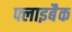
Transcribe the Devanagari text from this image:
फ्लाइबैक